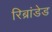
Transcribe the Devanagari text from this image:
रिब्रांडेड